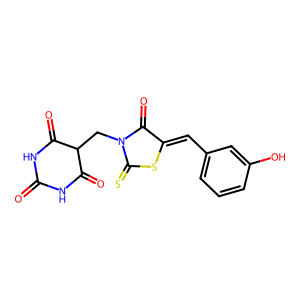
SMILES: O=C1NC(=O)C(CN2C(=O)C(=Cc3cccc(O)c3)SC2=S)C(=O)N1
Inhibits HIV replication: No